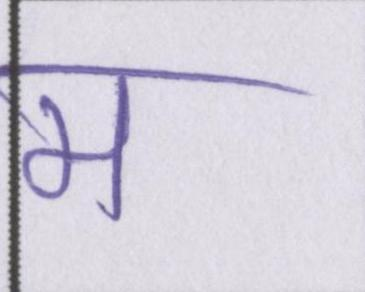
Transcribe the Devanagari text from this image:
म